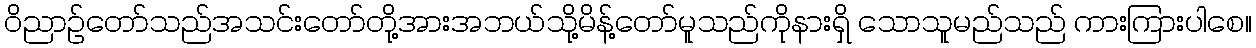
ဝိညာဉ်တော်သည်အသင်းတော်တို့အားအဘယ်သို့မိန့်တော်မူသည်ကိုနားရှိ သောသူမည်သည် ကားကြားပါစေ။